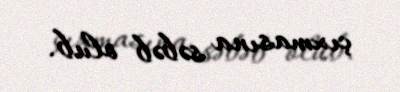
çıxmasına səbəb olub.